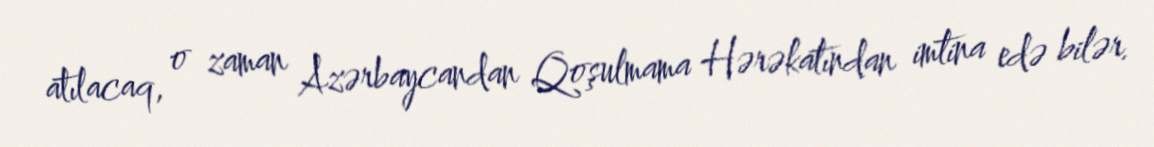
atılacaq, o zaman Azərbaycandan Qoşulmama Hərəkatından imtina edə bilər.